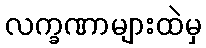
လက္ခဏာများထဲမှ